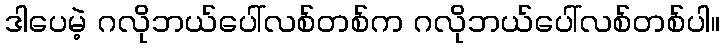
ဒါပေမဲ့ ဂလိုဘယ်ပေါ်လစ်တစ်က ဂလိုဘယ်ပေါ်လစ်တစ်ပါ။